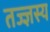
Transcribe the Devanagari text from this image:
तज्ज्ञस्य